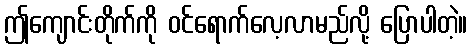
ဤကျောင်းတိုက်ကို ဝင်ရောက်လေ့လာမည်လို့ ပြောပါတဲ့။